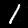
Digit: 1